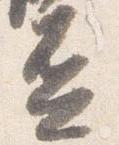
盃